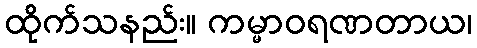
ထိုက်သနည်း။ ကမ္မာဝရဏတာယ၊